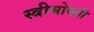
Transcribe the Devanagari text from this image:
स्त्रीभोवती